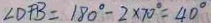
\angle D F B = 1 8 0 ^ { \circ } - 2 \times 7 0 ^ { \circ } = 4 0 ^ { \circ }